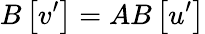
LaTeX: B\left[v^{\prime}\right]=AB\left[u^{\prime}\right]